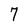
Character: 7